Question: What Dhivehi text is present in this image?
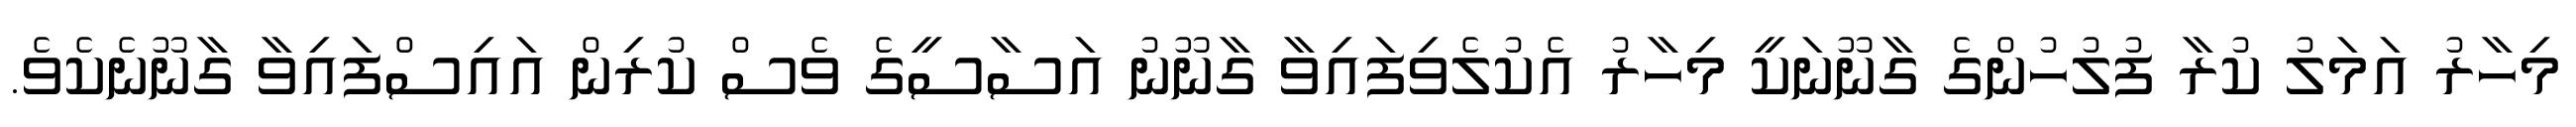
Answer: މިހާރު އަމަލު ކުރާ ފުލުހުންގެ ގާނޫނަކީ މިހާރު އެކުލެވިފައިވާ ގާނޫނު އަސާސީގެ ވެސް ކުރިން އައިސްފައިވާ ގާނޫނެކެވެ.